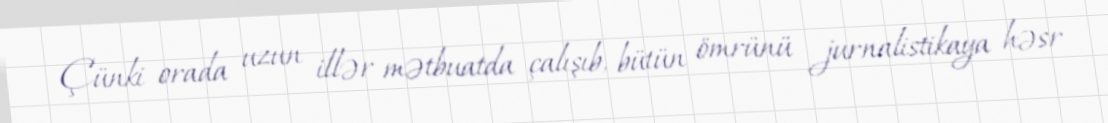
Çünki orada uzun illər mətbuatda çalışıb, bütün ömrünü jurnalistikaya həsr